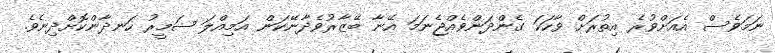
ނަމަވެސް އެއަށްވުރެ އިތުރަށް ވާހަކަ ގެންދަންވެއްޖެނަމަ އޭނާ ބޭޒާރުވެދާނޭކަން އަމިއްލަ ޟަމީރު ހަނދާންކޮށްދިނެވެ.